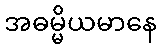
အဓမ္မိယမာနေ